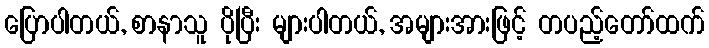
ပြောပါတယ်, စာနာသူ ပိုပြီး များပါတယ်, အများအားဖြင့် တပည့်တော်ထက်